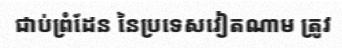
ជាប់ព្រំដែន នៃប្រទេសវៀតណាម ត្រូវ